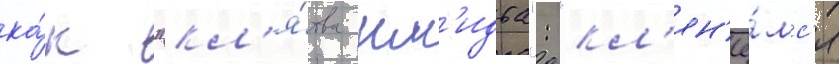
ка́к "кл'я́тва шм'идта": "кл'ян'ё́мс'я